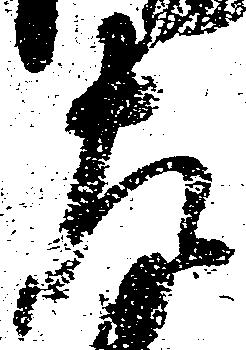
左